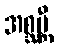
အစ္ဆမ္ဘီ